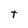
Character: t